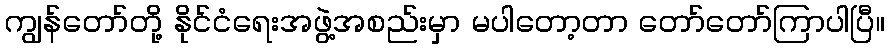
ကျွန်တော်တို့ နိုင်ငံရေးအဖွဲ့အစည်းမှာ မပါတော့တာ တော်တော်ကြာပါပြီ။